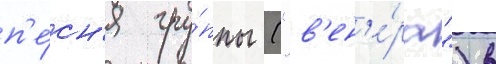
п'е́сн'я гру́ппы ("в'ен'е́ра") в